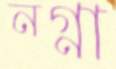
নগ্না